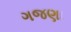
ગજણા